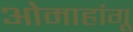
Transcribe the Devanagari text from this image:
ओमाहांगू